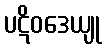
ပဋိဝဒေယျု